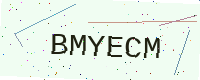
Text: BMYECM